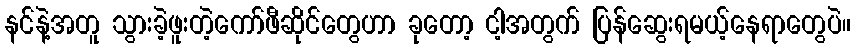
နင်နဲ့အတူ သွားခဲ့ဖူးတဲ့ကော်ဖီဆိုင်တွေဟာ ခုတော့ ငါ့အတွက် ပြန်ဆွေးရမယ့်နေရာတွေပဲ။